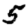
Digit: 5